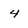
Character: 4